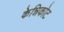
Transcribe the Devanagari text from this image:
केन्निकोट